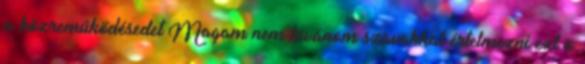
a közreműködésedet Magam nem kívánom szavakkal értelmezni ezt a